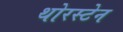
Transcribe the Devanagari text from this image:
थोरस्टेन